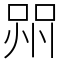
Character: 喌